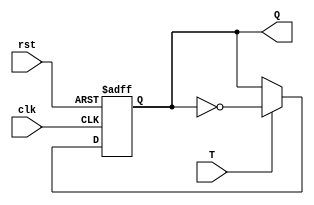
`timescale 1ns / 1ps
//////////////////////////////////////////////////////////////////////////////////
// Company: 
// Engineer: 
// 
// Design Name: 
// Module Name: T_flipflop_not_triggered
// Project Name: 
// Target Devices: 
// Tool Versions: 
// Description: 
// 
// Dependencies: 
// 
// Revision:
// Revision 0.01 - File Created
// Additional Comments:
// 
//////////////////////////////////////////////////////////////////////////////////


module T_flipflop_not_triggered(clk, rst, T, Q);
input T, clk, rst;
output reg Q;
always @(posedge clk or negedge rst)
begin
    if(!rst)
        Q <= 1'b0;
    else if(T)
        Q <= ~Q;
end
endmodule